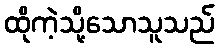
ထိုကဲ့သို့သောသူသည်